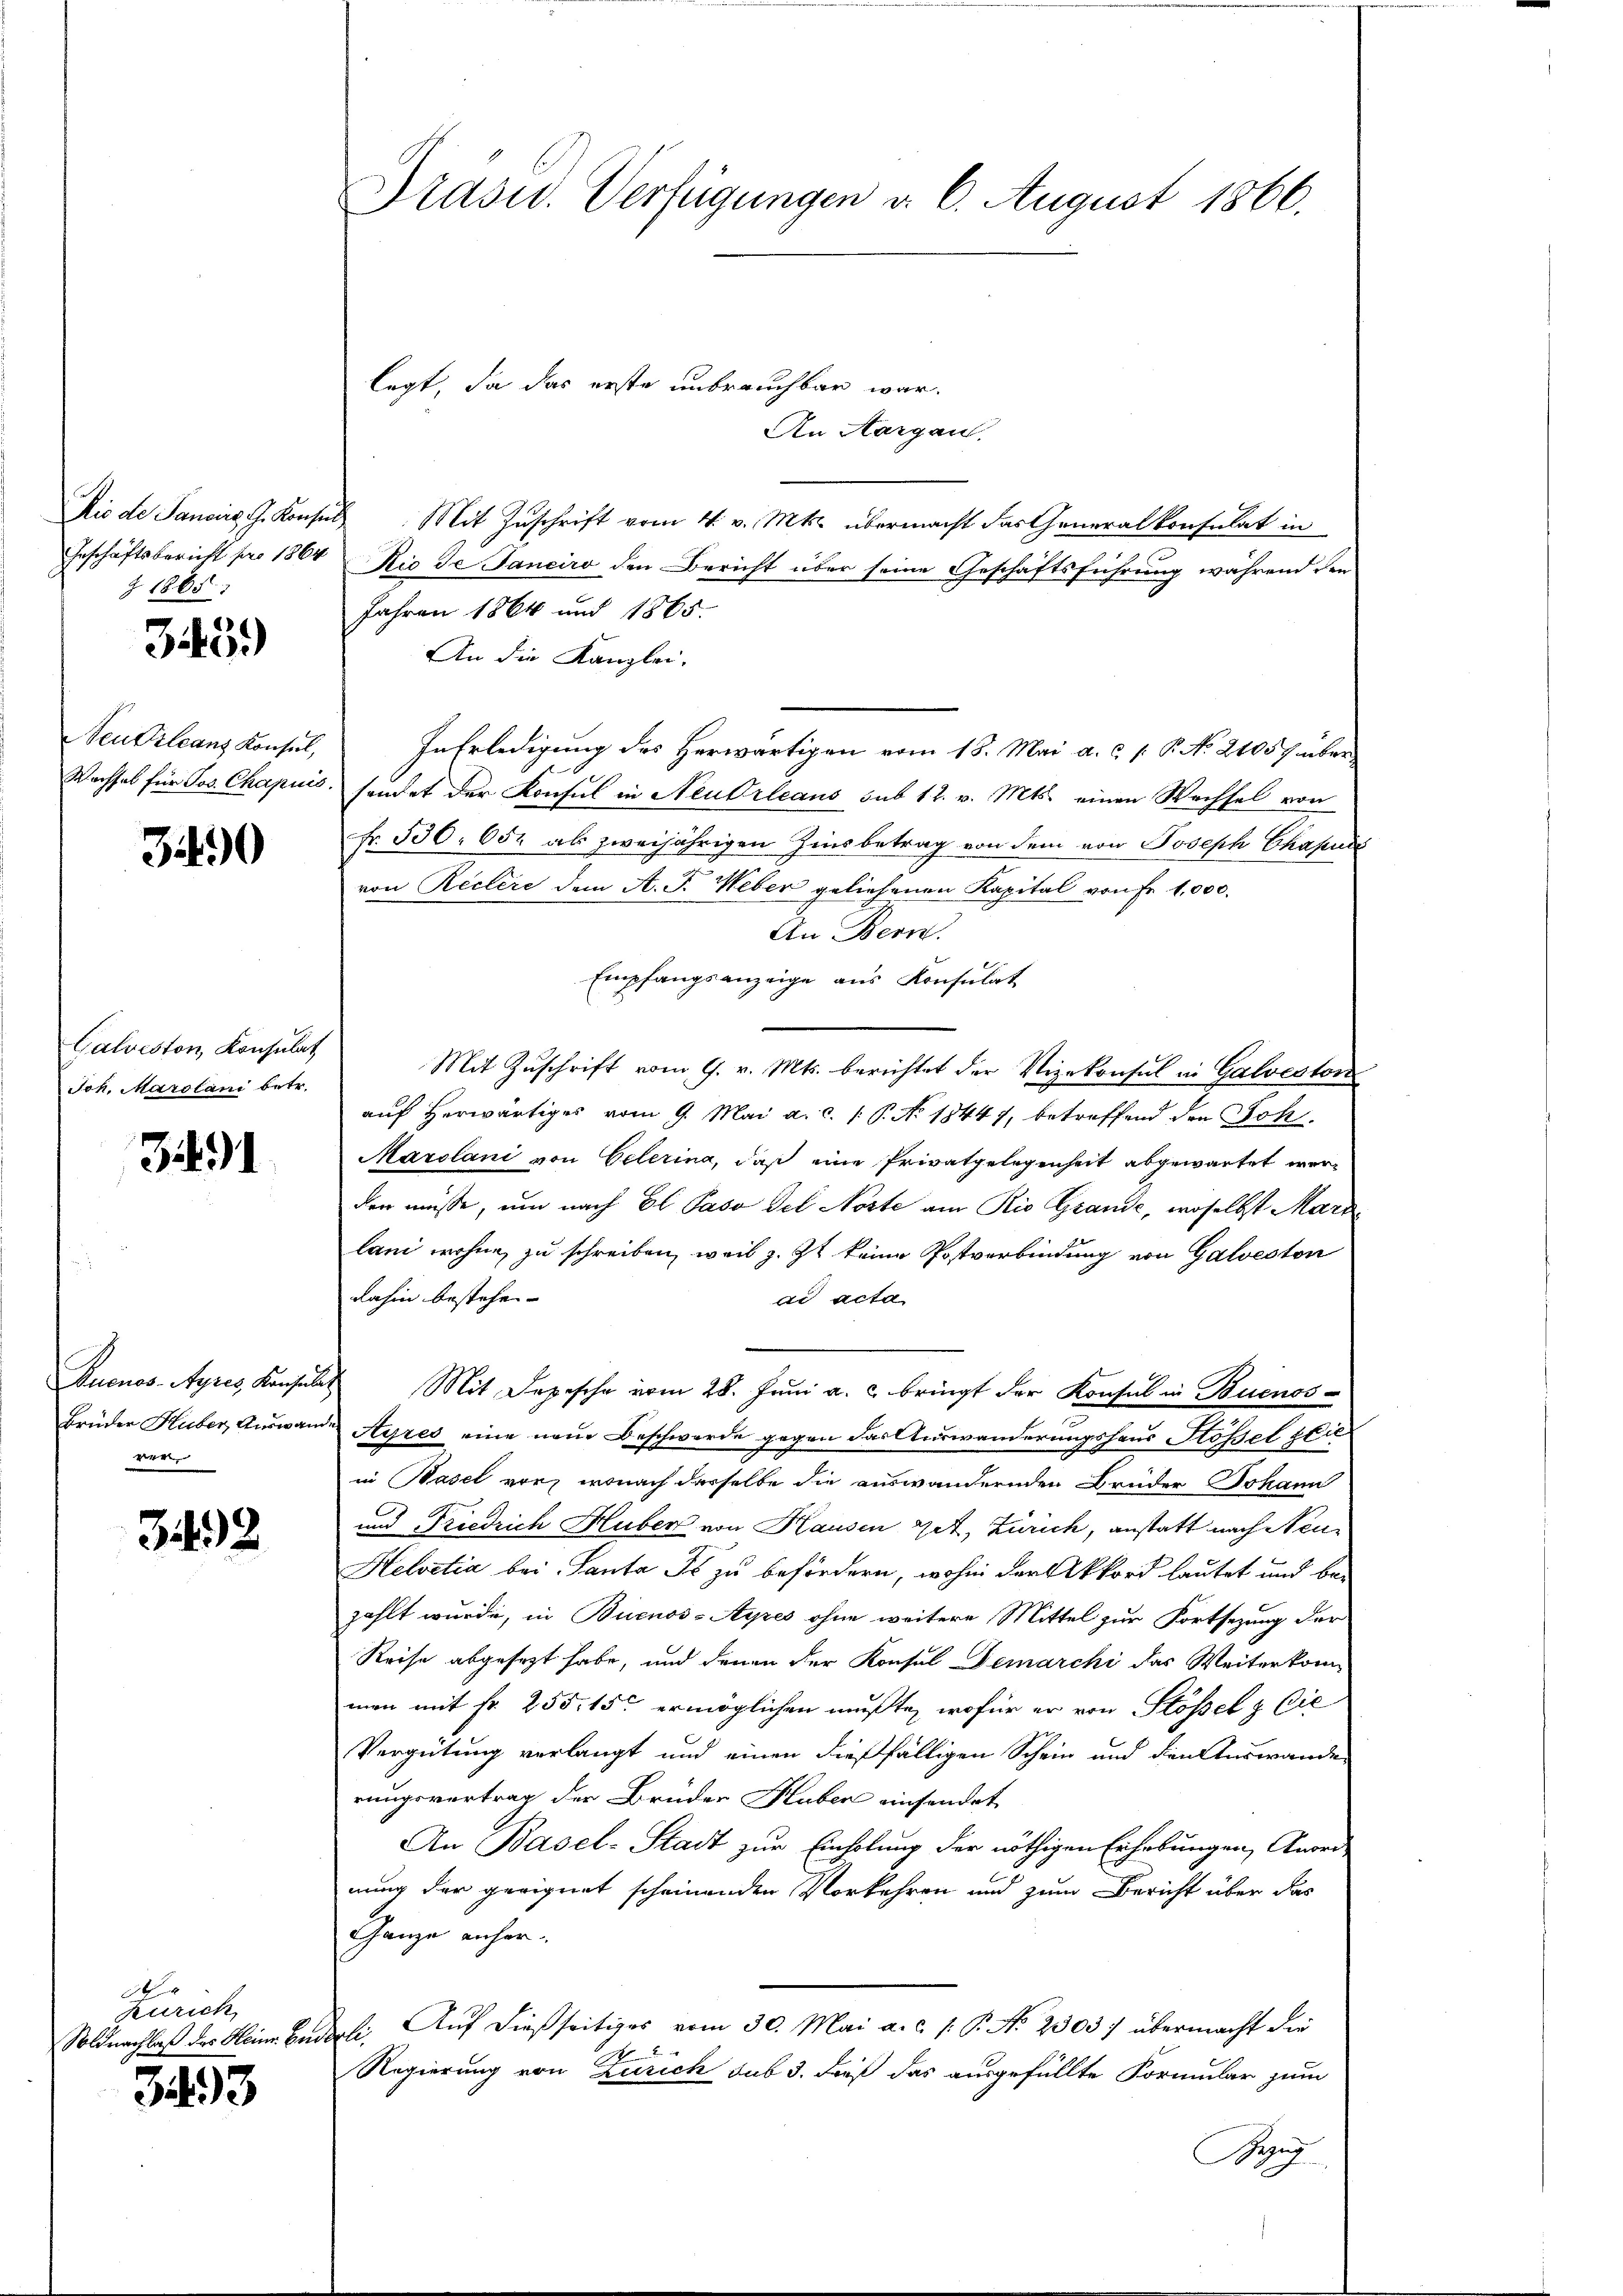
Z 1865

343.)

Neufrleans Konsul,

3490

Galveston, Konsulat
Joh. Marolani betr.

3491

ver

342

0
Zürich,
Soldnachlaß des Heinr. Br.

343

An Aargau.
Dis de Sancir. Konsuls Mit Zuschrift vom 4. v. Mts. übermacht das Generalkonsulat in
Geschäftsbericht pro 1864 Rio de Janciro den Bericht über seine Geschäftsführung während den
Jahren 1864 und 1865.
An die Kanzlei-
In Erledigung des Herwärtigen vom 18. Mai a. c. s. P. No 21057 über
Wachsel für Jos. Chapuis, sondet der Konsul in Neubrleaus sub 12. v. Mts. einen Wechsel von
Fr. 530. 652 als zweijährigen Zinsbetrag von dem von Joseph Chapud
von Reclire dem A. F. Weber geliehenen Kapital von Fr. 1,000.
An Bern.
Empfangsanzeige aus Konsulat
Mit Zŭschrift vom 9. v. Mts. berichtet der Vizekonsul in Galvestor
auf herwärtiges vom 9. Mai a. c. (: P. No. 18447, betreffend den Joh
Marolani von Celerina, daß eine Privatgelegenheit abgewartet werden müsse, um nach El. Paso del Noste am Rio Grande, woselbst Marz
lani wohne zu schreiben, weil z. Zt keine Postverbindung von Galvesten
dahin bestehen- |
ad acta
Buenos-Ayres Konsulas Mit Depesche vom 28. Juni a. c. bringt der Konsul in Buenos-
Brüder Huber, Auswande Ayres eine neue Beschwerde gegen das Auswanderungshaus Stössel zie
in Basel vor, wonach derselbe die auswandernden Brüder Johann
und Friedrich Huber von Hausen Get, Zürich, anstatt nach Neu
Helvetia bei Santa Js zu befördern, wohin der Akkord lautet und bezahlt wurde, in Buenos-Ayres ohne weitere Mittel zur Fortsezung der
Reise abgesezt habe, und denen der Konsul Demarchi das Weiterkomman mit fr. 255. 15 ermöglichen mußte, wofür er von Stössel & Cie
Vergütung verlangt und einen dießfälligen Schein und den Auswande
rungsvertrag der Brüder Huben einsendet
An Basel-Stadt zur Einholung der nöthigen Erhebungen, Anord-
nung der geeignet scheinenden Vorkehren und zum Bericht über das
Ganze anheruddeli. Auf dießseitiges vom 30. Mai a.c. s. P. N. 2303. übermacht die
1
Regierung von Zürich sub 3. dieß das ausgefüllte Formular zum
Bauz

Präsid. Verfügungen d. 6. August 1866.

legt, da das erste unbrauchbar war.